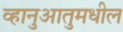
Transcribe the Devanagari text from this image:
व्हानुआतुमधील